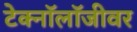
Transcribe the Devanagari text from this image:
टेक्नॉलॉजीवर